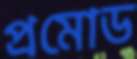
প্রমোড